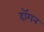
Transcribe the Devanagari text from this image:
हाॅगन